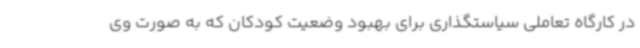
در کارگاه تعاملی سیاستگذاری برای بهبود وضعیت کودکان که به صورت وی